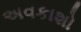
અવકાશો